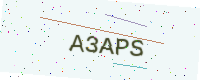
Text: A3APS